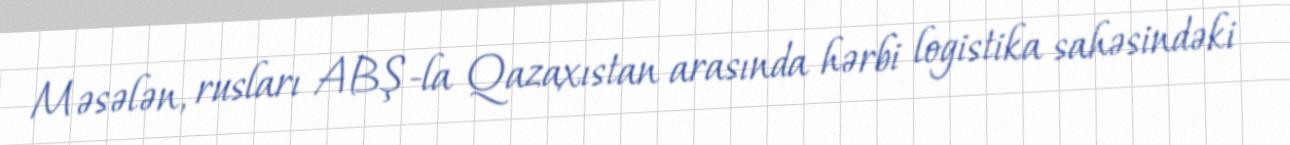
Məsələn, rusları ABŞ-la Qazaxıstan arasında hərbi logistika sahəsindəki